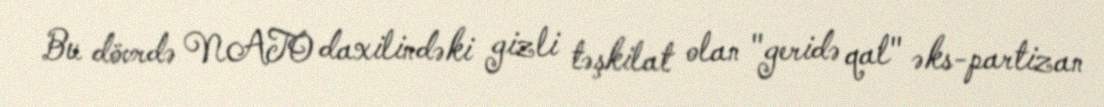
Bu dövrdə NATO daxilindəki gizli təşkilat olan "geridə qal" əks-partizan